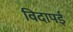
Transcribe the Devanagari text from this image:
विदापई